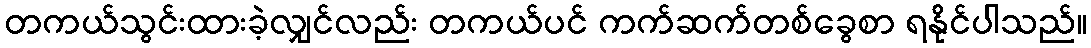
တကယ်သွင်းထားခဲ့လျှင်လည်း တကယ်ပင် ကက်ဆက်တစ်ခွေစာ ရနိုင်ပါသည်။